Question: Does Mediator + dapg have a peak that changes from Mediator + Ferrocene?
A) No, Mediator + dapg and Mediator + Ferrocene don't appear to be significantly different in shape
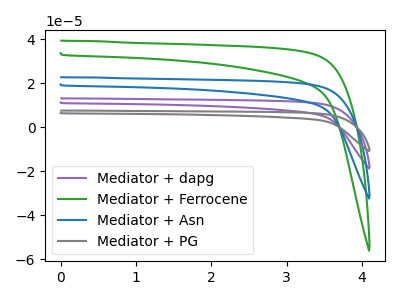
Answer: <think>The purple curve "Mediator + dapg" has no peaks. The green curve "Mediator + Ferrocene" has no peaks. The blue curve "Mediator + Asn" has no peaks. The gray curve "Mediator + PG" has no peaks.
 Neither "Mediator + dapg" or "Mediator + Ferrocene" have any peaks.</think>
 <answer>A) No, "Mediator + dapg" and "Mediator + Ferrocene" don't appear to be significantly different in shape</answer>
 <eval>A</eval>